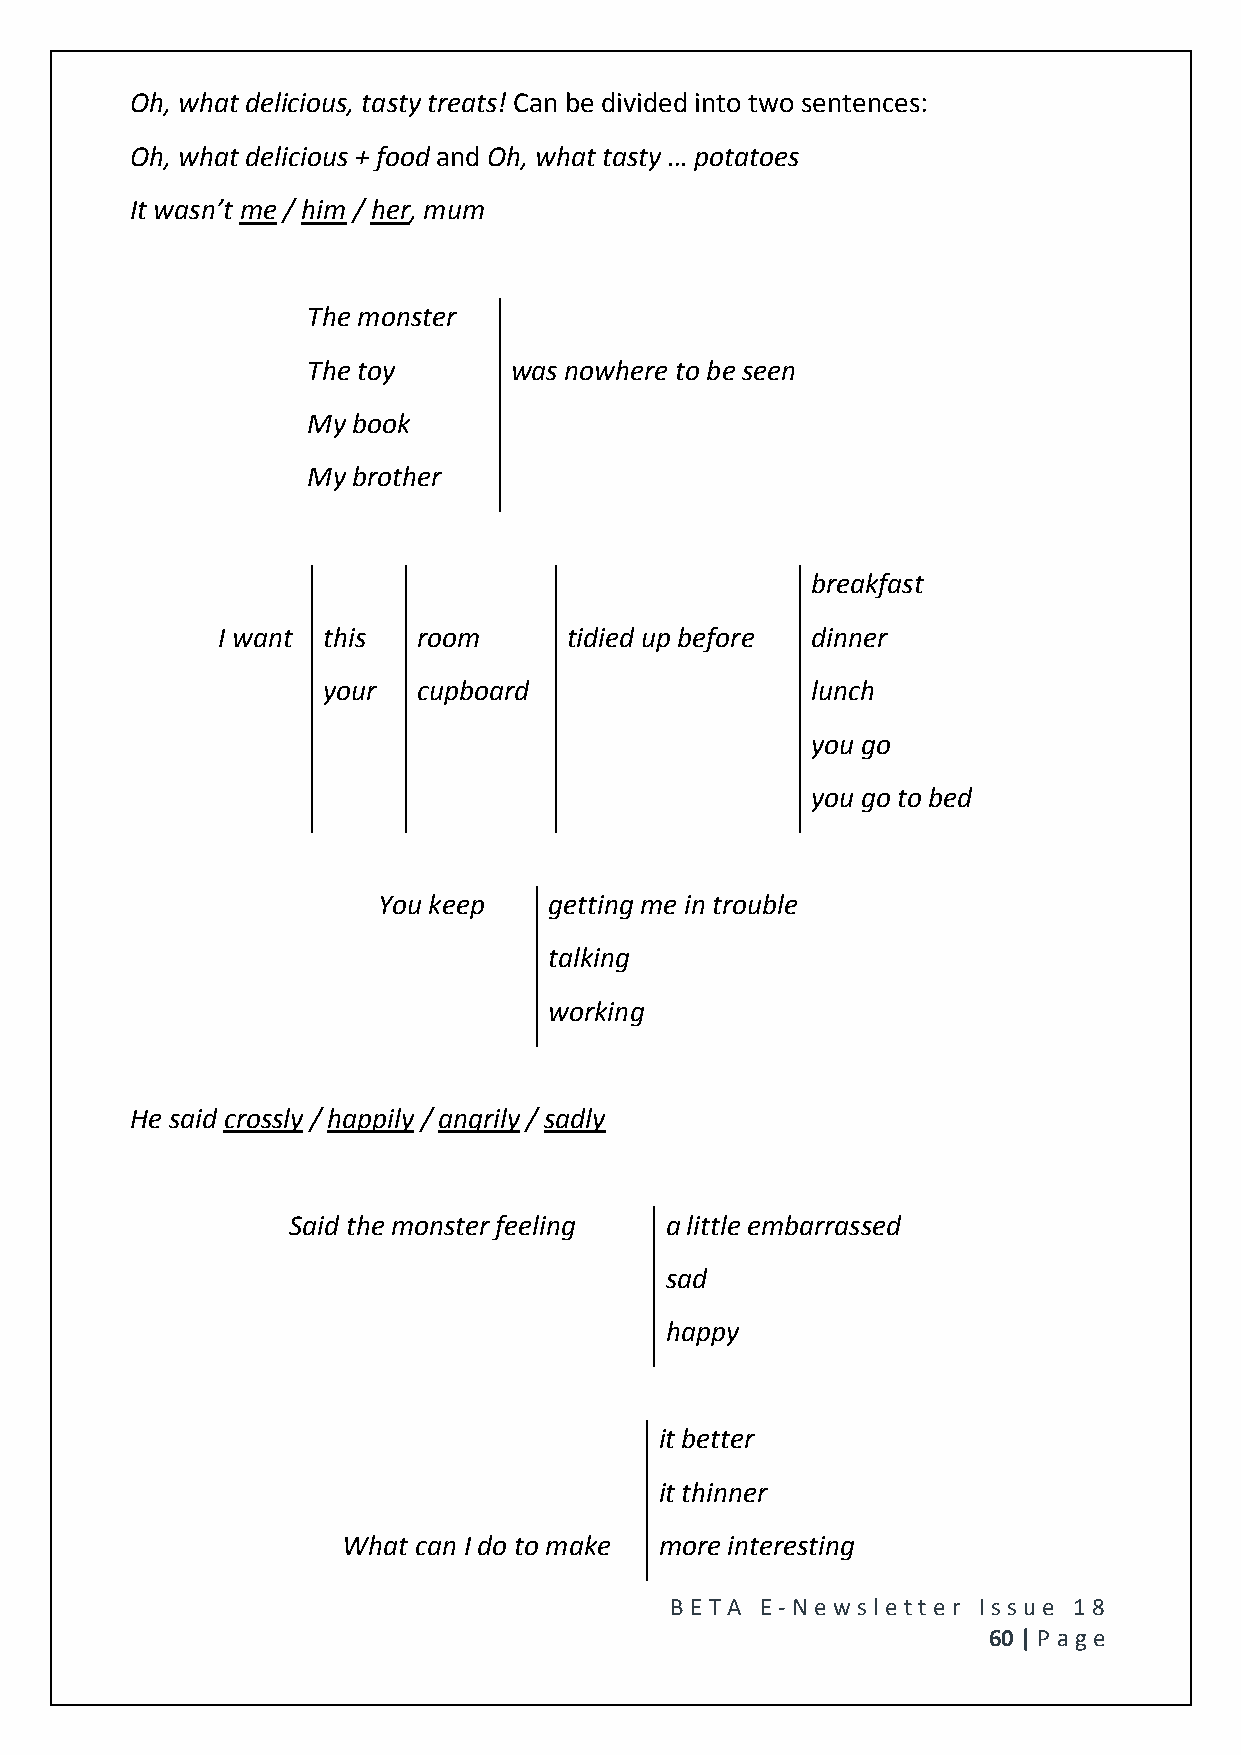
Oh, what delicious, tasty treats! Can be divided into two sentences:
 Oh, what delicious + food and Oh, what tasty … potatoes
 It wasn’t me / him / her, mum
 The monster
 The toy       was nowhere to be seen
 My book
 My brother
 breakfast
 I want this   room      tidied up before dinner
 your   cupboard                  lunch
 you go
 you go to bed
 You keep   getting me in trouble
 talking
 working
 He said crossly / happily / angrily / sadly
 Said the monster feeling a little embarrassed
 sad
 happy
 it better
 it thinner
 What can I do to make more interesting
 BE T A E -N e wsle tt e r Issue 18
 60 | P age